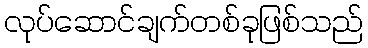
လုပ်ဆောင်ချက်တစ်ခုဖြစ်သည်